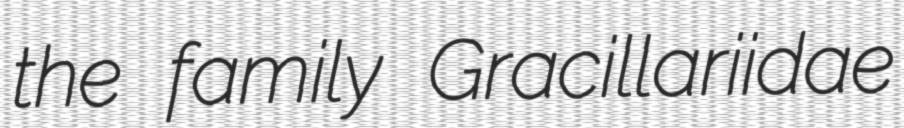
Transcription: the family Gracillariidae